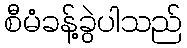
စီမံခန့်ခွဲပါသည်